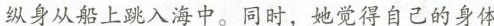
纵身从船上跳入海中。同时，她觉得自己的身体